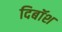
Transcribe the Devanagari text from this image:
दिबॉश